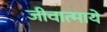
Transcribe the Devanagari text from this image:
जीवात्मायें